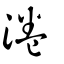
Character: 淃